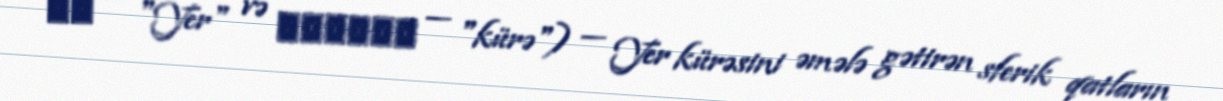
γῆ — "Yer" və σφαῖρα — "kürə") — Yer kürəsini əmələ gətirən sferik qatların